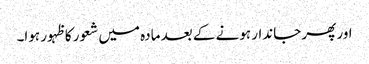
اور پھر جاندار ہونے کے بعد مادہ میں شعور کا ظہور ہوا۔